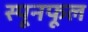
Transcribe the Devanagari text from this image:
स्पूनफूल